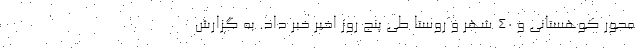
محور کوهستانی و ٤٠ شهر و روستا طی پنج روز اخیر خبر داد. به گزارش